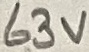
Text: 63V